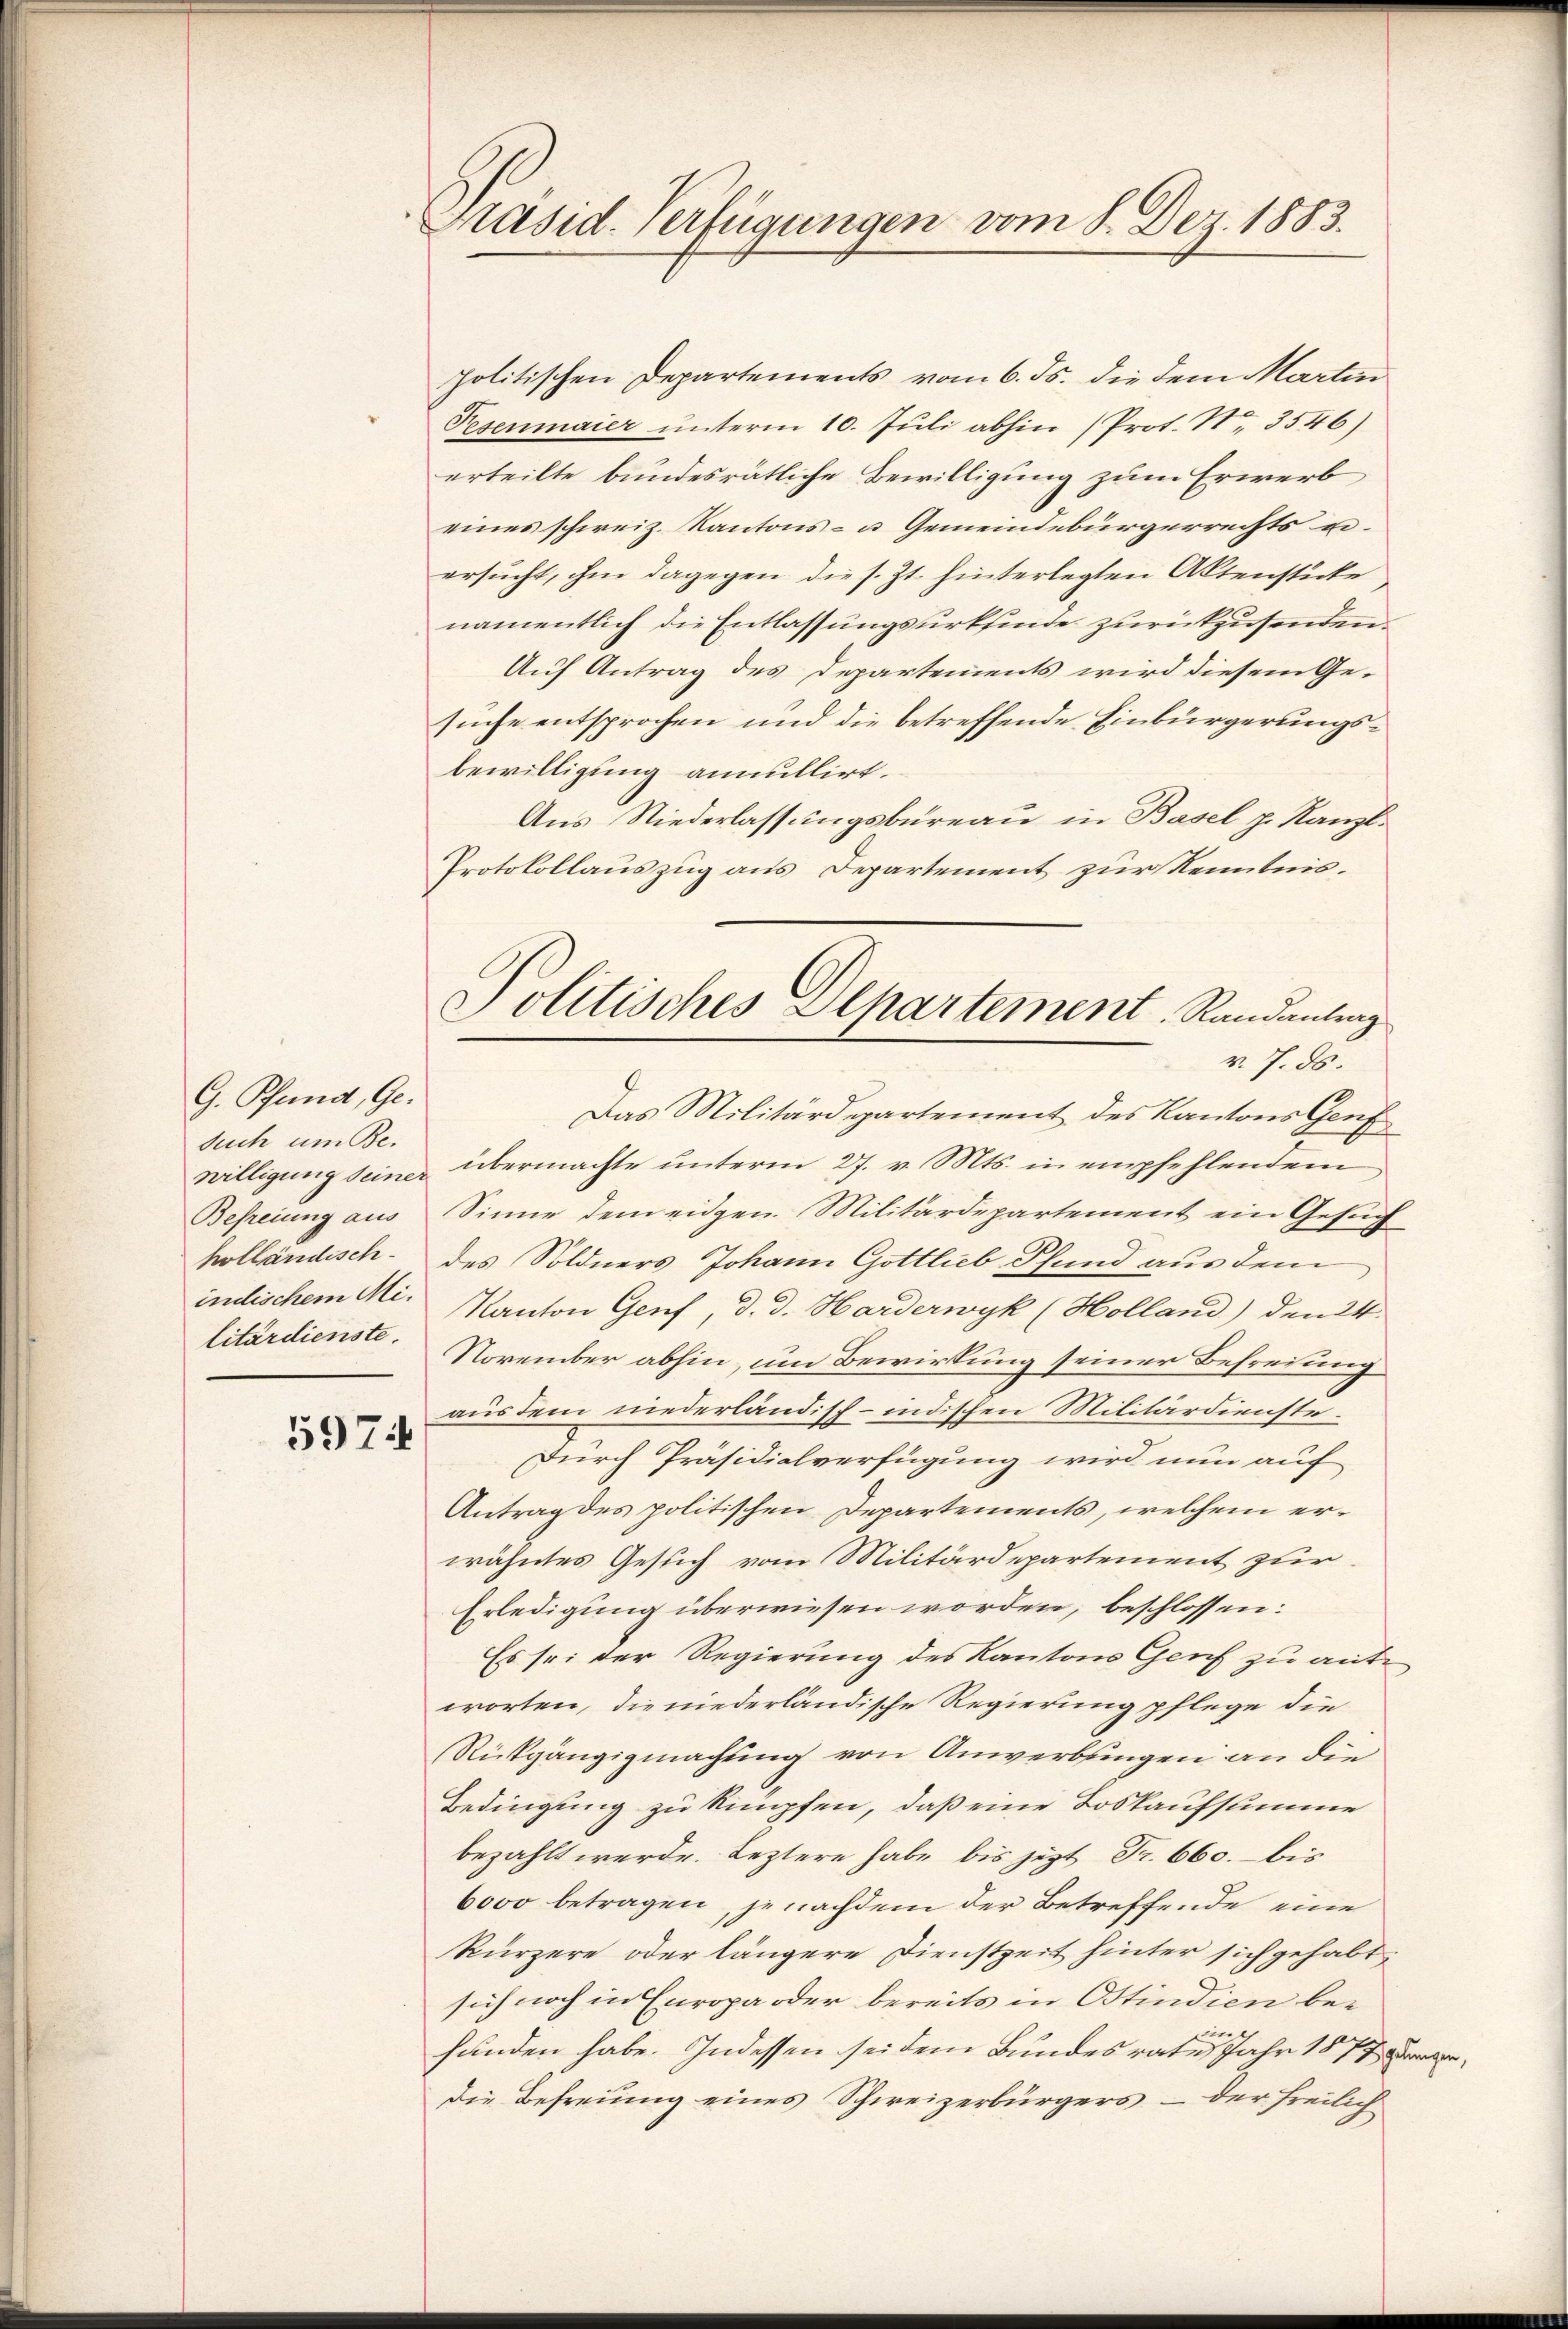
G. Pfand, Ge-
such um Be¬
Befreiung aus
litärdienste.

597

Präsid. Verfügungen vom 8. Dez. 1883.

politischen Departements vom 6. ds. die dem Martin
Pesenmaier unterm 10. Juli abhin (Prot. Nr. 3546)
erteilte bundesrätliche Bewilligung zum Erwerb
eines schweiz. Kantons- u Gemeindebürgerrechts u.
ersucht, ihm dagegen die s. Zt. hinterlegten Aktenstücke
namentlich die Entlassungsurkfinde zurückzusenden.
Auf Antrag des Departements wird diesem Gesuche entsprochen und die betreffende Einbürgerungsbewilligung annullirt.
Aus Niederlassungsbureau in Basel p. Kanzl.
Protokollauszug aus Departement zur Kenntnis.
Das Militärdepartement des Kantons Genf
willigung sein übermachte unterm 27. v. Mts. in empfehlendem
Sinne dem eidgen. Militärdepartement ein Gesuch
holländisch- des Söldners Johann Gottlieb Pfund aus dem
indlischem Mi- Kanton Genf, d. d. Harderwyk (Holland) den 24.
November abhin, um Bewirkung seiner Befreiung
aus dem niederländisch-indischen Militärdienste¬
Durch Präsidialverfügung wird nun auf
Antrag des politischen Departements, welchem erwähntes Gesuch vom Militärdepartement zur
Erledigung überwiesen worden, beschlossen:
Es sei der Regierung des Kantons Genf zu ante
worten, die niederländische Regierung pflege die
Rückgängigmachung von Anwerbungen an die
Bedingung zu kumpfen, daß eine Loskaufsumme
bezahlt werde. Leztere habe bis jezt Fr. 660. bis
6000 betragen, jenachdem der Betreffende eine
kürzere oder längere Dienstzeit hinter sich gehabt
sich noch in Europa oder bereits in Ostindien beint
funden habe. Indessen sei dem Bundesrate Jahr 1877 er
Die Befreung eines Schweizerbürgers – der freilich

Solitisches Alpartement, Randantrag
v. 7. ds.